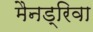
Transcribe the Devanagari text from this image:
मैनड्रिवा